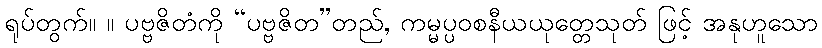
ရုပ်တွက်။ ။ ပဗ္ဗဇိတံကို “ပဗ္ဗဇိတ”တည်, ကမ္မပ္ပဝစနီယယုတ္တေသုတ် ဖြင့် အနုဟူသော